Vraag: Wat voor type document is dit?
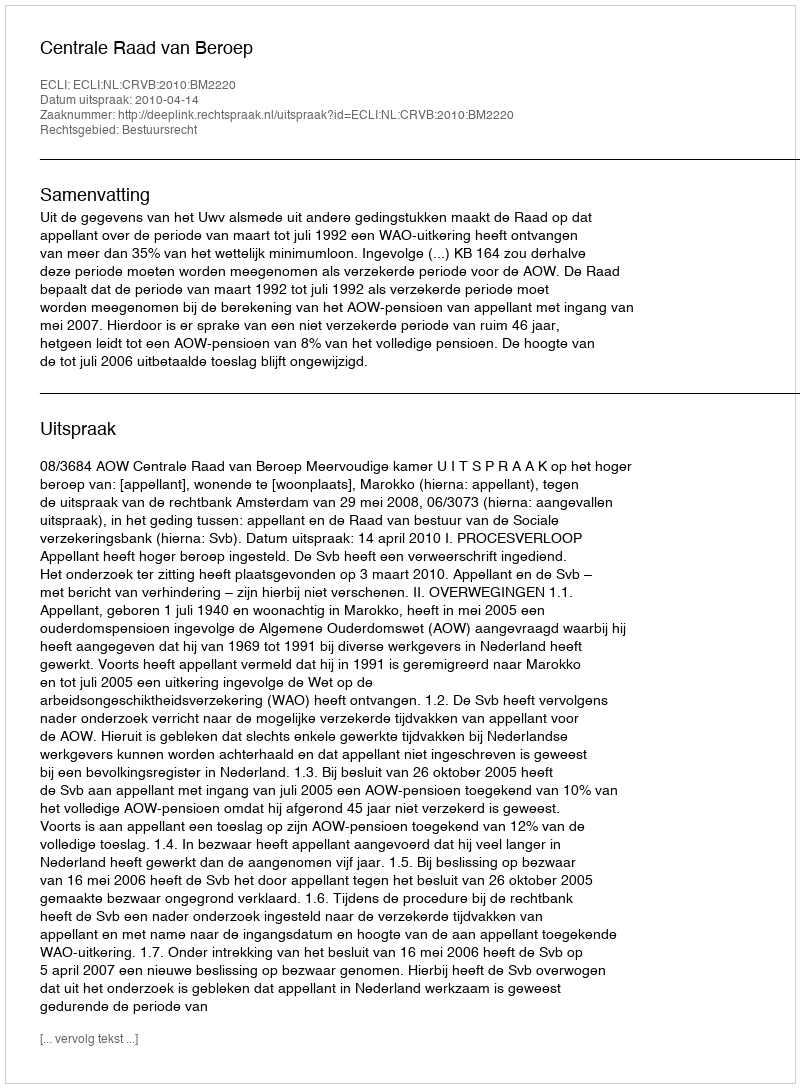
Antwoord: Uitspraak